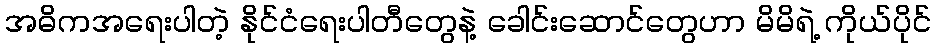
အဓိကအရေးပါတဲ့ နိုင်ငံရေးပါတီတွေနဲ့ ခေါင်းဆောင်တွေဟာ မိမိရဲ့ ကိုယ်ပိုင်